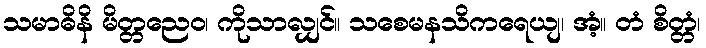
သမာဓိနိ မိတ္တညေဝ၊ ကိုသာလျှင်။ သစေမနသိကရေယျ၊ အံ့။ တံ စိတ္တံ၊